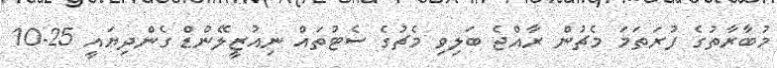
މުބާރާތުގެ ފުރަތަމަ މެޗުން ރާއްޖެ ބަލިވި މެޗުގެ ސެޓުތައް ނިއުޒީލޭންޑް ގެންދިޔައީ 25-10